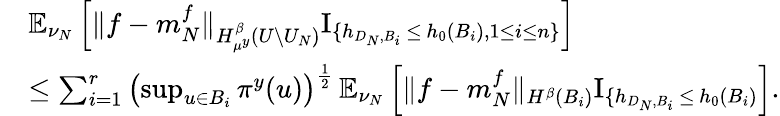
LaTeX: \begin{array}{rl}&{\mathbb{E}_{\nu_{N}}\left[\| f-m_{N}^{f}\| _{H_{\mu^{y}}^{\beta}(U\setminus U_{N})}\mathrm{I}_{\{ h_{D_{N},B_{i}}\, \leq\, h_{0}(B_{i}),1\leq i\leq n\} }\right]}\\ &{\leq\sum_{i=1}^{r}\left(\operatorname*{sup}_{u\in B_{i}}\pi^{y}(u)\right)^{\frac{1}{2}}\, \mathbb{E}_{\nu_{N}}\left[\| f-m_{N}^{f}\| _{H^{\beta}(B_{i})}\mathrm{I}_{\{ h_{D_{N},B_{i}}\, \leq\, h_{0}(B_{i})}\right].}\end{array}